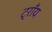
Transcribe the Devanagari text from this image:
ट्राँय